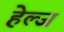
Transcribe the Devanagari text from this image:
हेल्ज